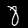
Digit: 8